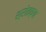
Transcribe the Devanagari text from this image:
श्रोतव्या